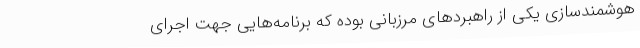
هوشمندسازی یکی از راهبردهای مرزبانی بوده که برنامه‌هایی جهت اجرای